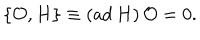
LaTeX: \{ { \cal O } , H \} \equiv ( \mathrm { a d } \, H ) \, { \cal O } = 0 .